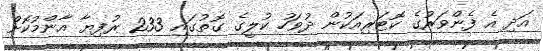
އަދި އެ ފެންވަރުގެ ކޮޓަރިއަކުން ދުވަހު ކުލީގެ ގޮތުގައި 233 ރުފިޔާ އާންމުކޮށް